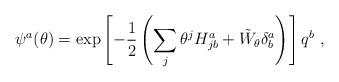
LaTeX: \begin{align*}\psi^{a}(\theta) = \exp\left[- \frac{1}{2} \left( \sum_{j}\theta^{j}H^{a}_{j b} + {\tilde W}_{\theta}\delta^{a}_{b}\right) \right] q^{b}\ , \end{align*}